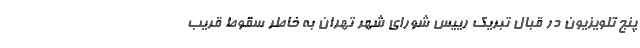
پنج تلویزیون در قبال تبریک رییس شورای شهر تهران به خاطر سقوط قریب